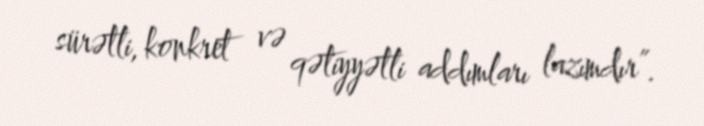
sürətli, konkret və qətiyyətli addımları lazımdır”.